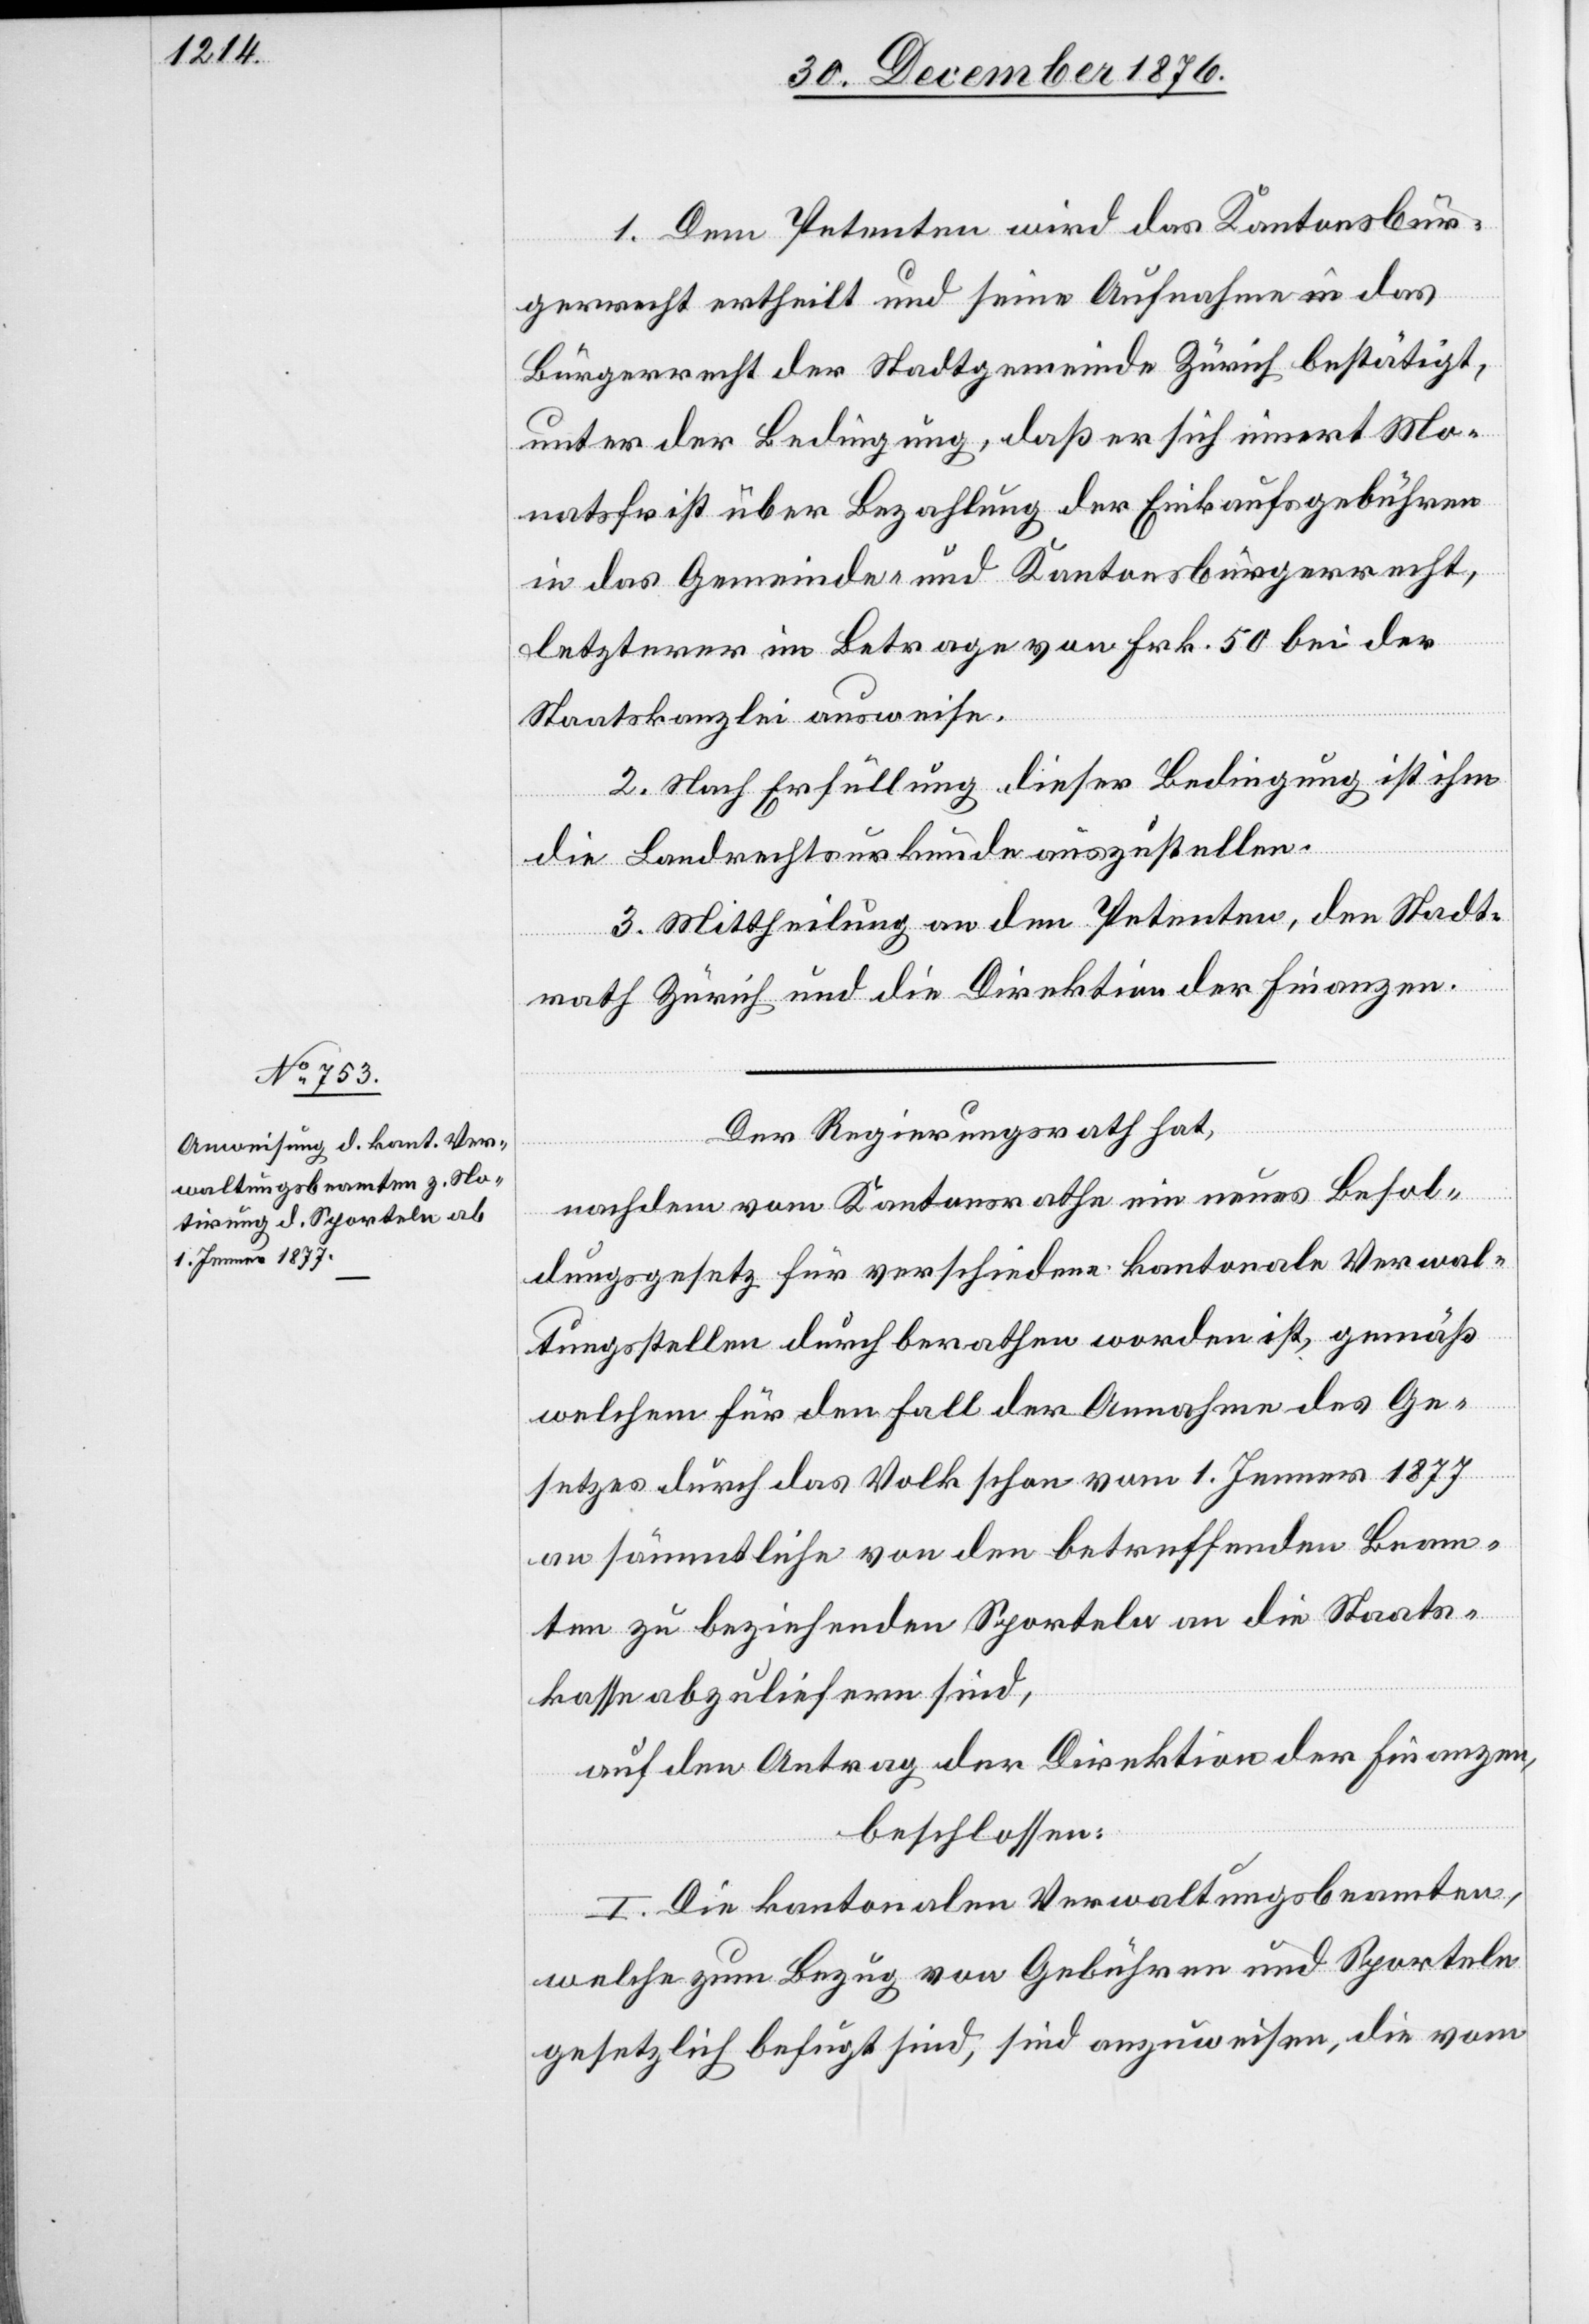
1. Dem Petenten wird das Kantonsbür¬
gerrecht ertheilt und seine Aufnahme in das
Bürgerrecht der Stadtgemeinde Zürich bestätigt,
unter der Bedingung, das er sich innert Mo¬
natsfrist über Bezahlung der Einkaufsgebühren
in das Gemeinde- und Kantonsbürgerrecht,
letzterer im Betrage von Frk. 50 bei der
Staatskanzlei ausweise.
2. Nach Erfüllung dieser Bedingung ist ihm
die Landrechtsurkunde auszustellen.
3. Mittheilung an den Petenten, den Stadt¬
rath Zürich und die Direktion der Finanzen.
Der Regierungsrath hat,
nachdem vom Kantonsrathe ein neues Besol¬
dungsgesetz für verschiedene kantonale Verwal¬
tungsstellen durchberathen worden ist, gemäß
welchem für den Fall der Annahme des Ge¬
setzes durch das Volk schon vom 1. Jenner 1877
an sämmtliche von den betreffenden Beam¬
ten zu beziehenden Sporteln an die Staats¬
kasse abzuliefern sind,
auf den Antrag der Direktion der Finanzen,
beschlossen:
I. Die kantonalen Verwaltungsbeamten,
welche zum Bezug von Gebühren und Sporteln
gesetzlich befugt sind, sind anzuweisen, die vom